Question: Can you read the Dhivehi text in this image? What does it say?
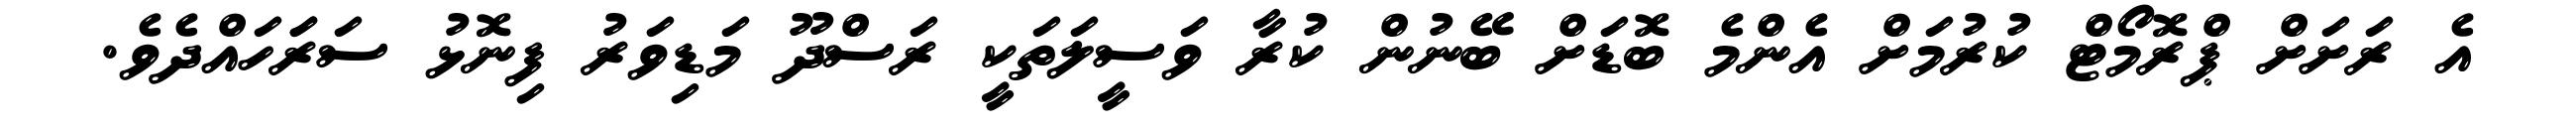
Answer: އެ ރަށަށް ޕްރޮމޯޓް ކުރުމަށް އެންމެ ބޮޑަށް ބޭނުން ކުރާ ވަސީލަތަކީ ރަސްދޫ މަޑިވަރު ފިނޮޅު ސަރަަހައްދެވެ.